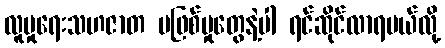
လူမှုရေးသဟဇာတ မဖြစ်မှုတွေနဲ့ပါ ရင်ဆိုင်လာရမယ်လို့